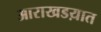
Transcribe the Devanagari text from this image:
आराखडय़ात